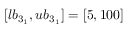
[ l b _ { 3 _ { 1 } } , u b _ { 3 _ { 1 } } ] = [ 5 , 1 0 0 ]